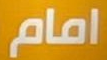
امام